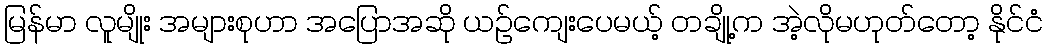
မြန်မာ လူမျိုး အများစုဟာ အပြောအဆို ယဉ်ကျေးပေမယ့် တချို့က အဲ့လိုမဟုတ်တော့ နိုင်ငံ